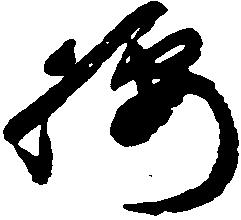
腰